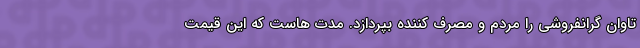
تاوان گرانفروشی را مردم و مصرف کننده بپردازد. مدت هاست که این قیمت